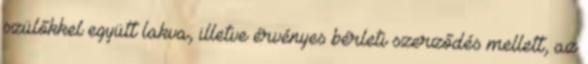
szülőkkel együtt lakva, illetve érvényes bérleti szerződés mellett, az